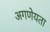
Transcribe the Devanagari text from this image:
अगणेयता